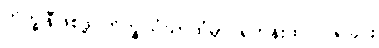
ဘိက္ခုနီဖြစ်ဖို့ ဘိက္ခုသံဃာထံမှာ ရဟန်းထပ်ပြုရခြင်း